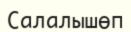
Салалышөп